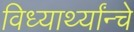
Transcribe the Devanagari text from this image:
विध्यार्थ्यांन्चे